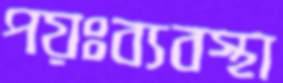
পয়ঃব্যবস্থা